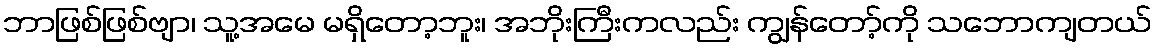
ဘာဖြစ်ဖြစ်ဗျာ၊ သူ့အမေ မရှိတော့ဘူး၊ အဘိုးကြီးကလည်း ကျွန်တော့်ကို သဘောကျတယ်